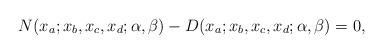
LaTeX: \begin{align*}N(x_a;x_b,x_c,x_d;\alpha,\beta)-D(x_a;x_b,x_c,x_d;\alpha,\beta)=0,\end{align*}